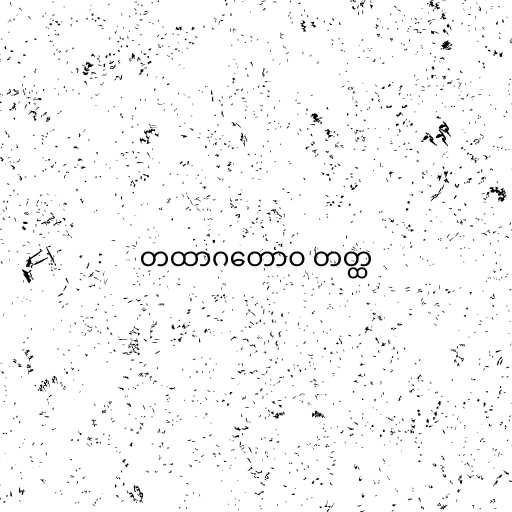
တထာဂတောဝ တတ္ထ